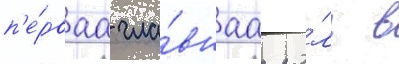
п'е́рваа гла́внаа ро́ль в